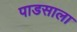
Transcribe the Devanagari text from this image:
पाडसाला